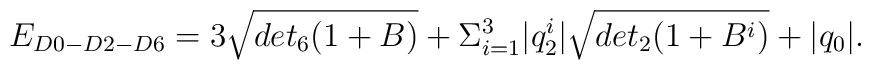
E_{D0-D2-D6}= 3 \sqrt{det_6 (1+B)} + \Sigma_{i=1}^{3}|q_2^i| \sqrt{det_2(1+B^i)} +|q_0|.